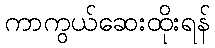
ကာကွယ်ဆေးထိုးရန်